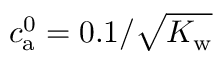
c _ { \mathrm { a } } ^ { 0 } = 0 . 1 / \sqrt { K _ { \mathrm { w } } }